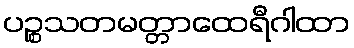
ပဉ္စသတမတ္တာထေရီဂါထာ